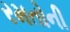
રમતોની